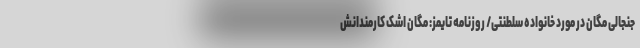
جنجالی مگان در مورد خانواده سلطنتی/ روزنامه تایمز: مگان اشک کارمندانش